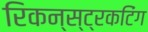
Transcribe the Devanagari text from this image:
रिकन्स्ट्रकटिंग